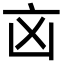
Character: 㐫